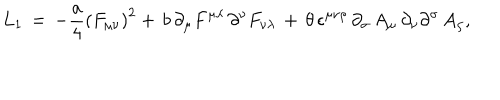
L _ { 1 } \, = \, - \frac { a } { 4 } \left( F _ { \mu \nu } \right) ^ { 2 } + \, b \, \partial _ { \mu } F ^ { \mu \lambda } \, \partial ^ { \nu } F _ { \nu \lambda } \, + \, \theta \, \epsilon ^ { \mu \nu \rho } \, \partial _ { \sigma } \, A _ { \mu } \, \partial _ { \nu } \partial ^ { \sigma } \, A _ { \rho } ,